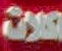
صلوات